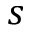
s